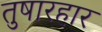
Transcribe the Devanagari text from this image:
तुषारहार